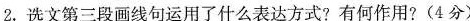
2.选文第三段画线句运用了什么表达方式?有何作用?(4分)